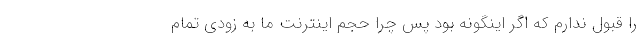
را قبول ندارم که اگر اینگونه بود پس چرا حجم اینترنت ما به زودی تمام